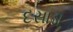
દસાડા